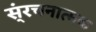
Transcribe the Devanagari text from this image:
स्ंरचनात्मक